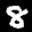
Label: 8